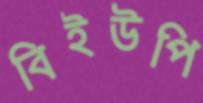
বিইউপি